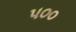
પ૦૦